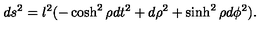
d s ^ { 2 } = l ^ { 2 } ( - \cosh ^ { 2 } \rho d t ^ { 2 } + d \rho ^ { 2 } + \sinh ^ { 2 } \rho d \phi ^ { 2 } ) .